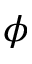
\phi